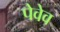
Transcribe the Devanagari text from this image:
पेवेव